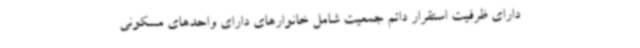
دارای ظرفیت استقرار دائم جمعیت شامل خانوارهای دارای واحدهای مسکونی